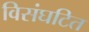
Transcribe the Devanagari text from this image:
विसंघटित